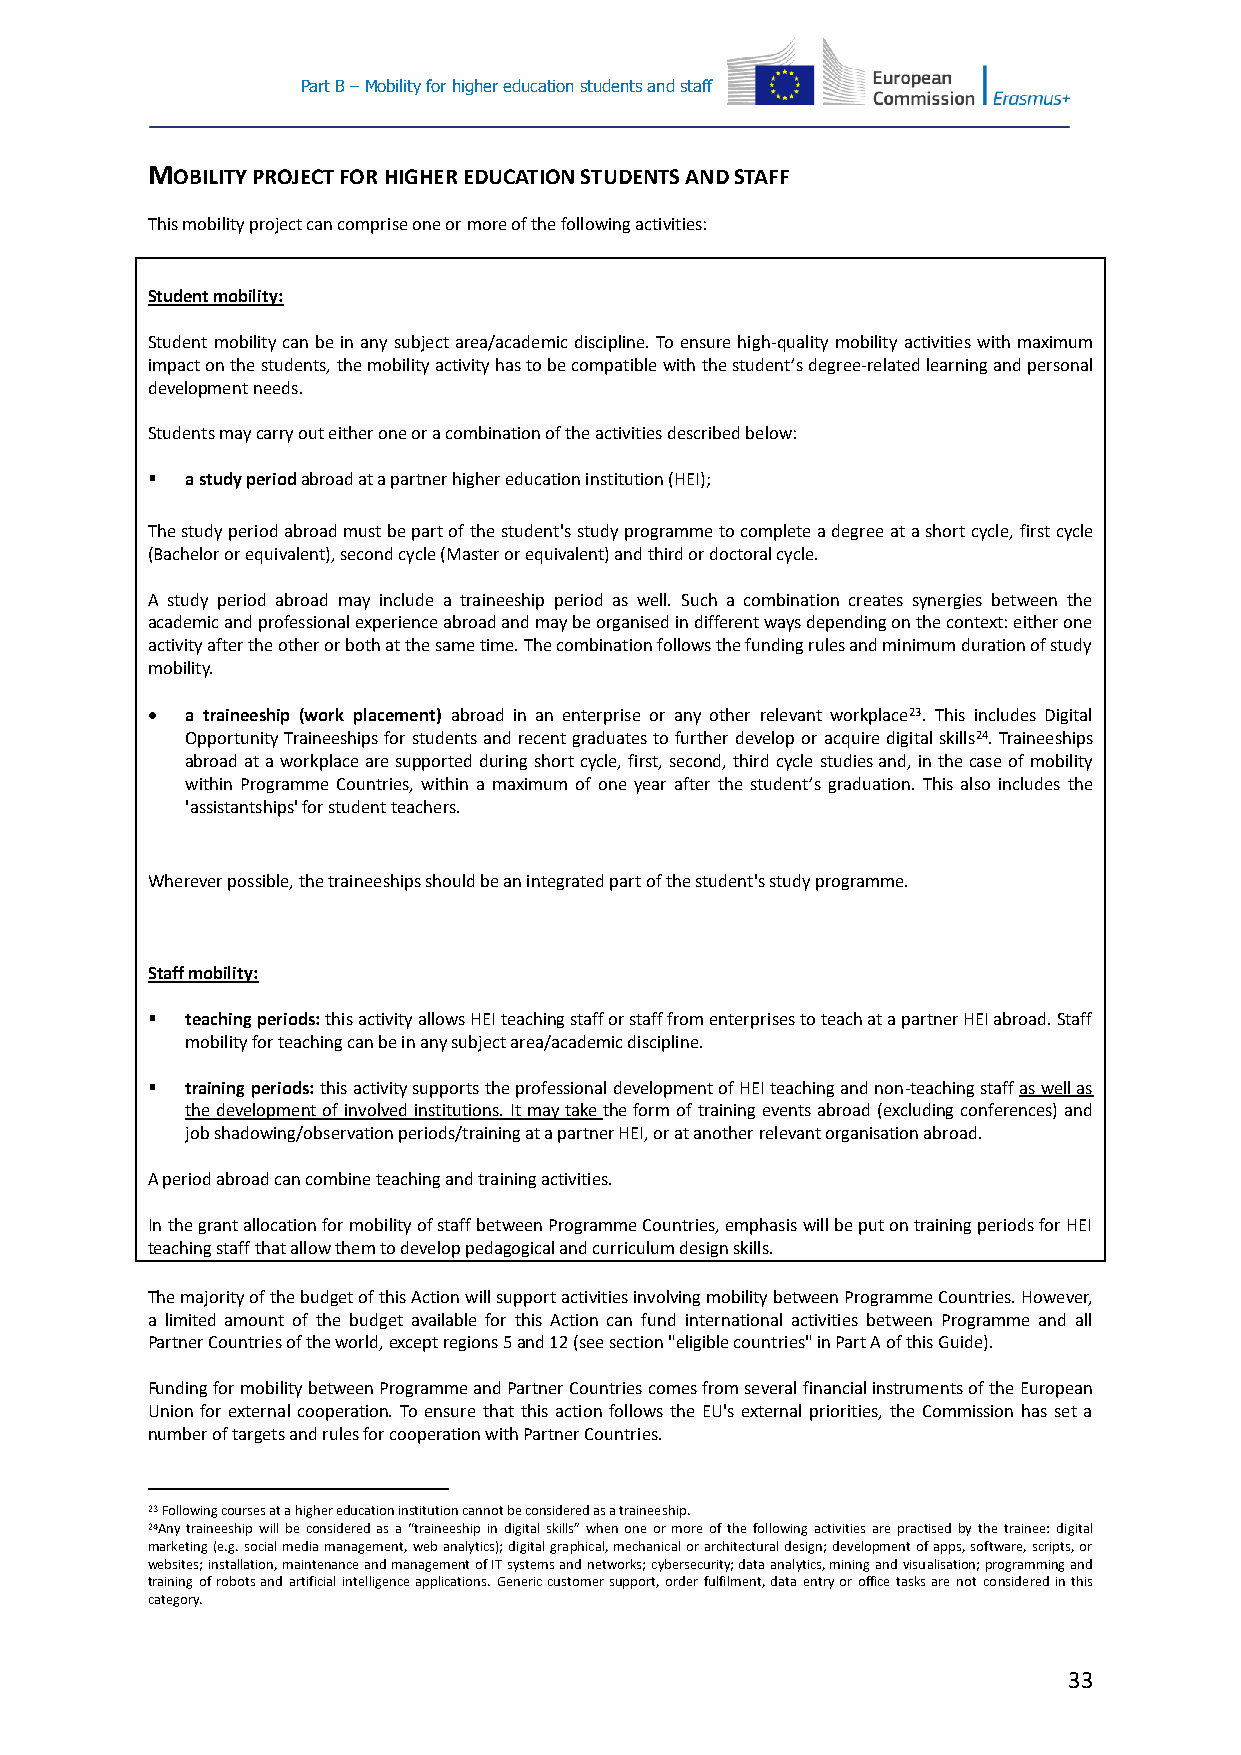
Part B – Mobility for higher education students and staff
 MOBILITY PROJECT FOR HIGHER EDUCATION STUDENTS AND STAFF
 This mobility project can comprise one or more of the following activities:
 Student mobility:
 Student mobility can be in any subject area/academic discipline. To ensure high-quality mobility activities with maximum
 impact on the students, the mobility activity has to be compatible with the student’s degree-related learning and personal
 development needs.
 Students may carry out either one or a combination of the activities described below:
  a study period abroad at a partner higher education institution (HEI);
 The study period abroad must be part of the student's study programme to complete a degree at a short cycle, first cycle
 (Bachelor or equivalent), second cycle (Master or equivalent) and third or doctoral cycle.
 A study period abroad may include a traineeship period as well. Such a combination creates synergies between the
 academic and professional experience abroad and may be organised in different ways depending on the context: either one
 activity after the other or both at the same time. The combination follows the funding rules and minimum duration of study
 mobility.
  a traineeship (work placement) abroad in an enterprise or any other relevant workplace23. This includes Digital
 Opportunity Traineeships for students and recent graduates to further develop or acquire digital skills24. Traineeships
 abroad at a workplace are supported during short cycle, first, second, third cycle studies and, in the case of mobility
 within Programme Countries, within a maximum of one year after the student’s graduation. This also includes the
 'assistantships' for student teachers.
 Wherever possible, the traineeships should be an integrated part of the student's study programme.
 Staff mobility:
  teaching periods: this activity allows HEI teaching staff or staff from enterprises to teach at a partner HEI abroad. Staff
 mobility for teaching can be in any subject area/academic discipline.
  training periods: this activity supports the professional development of HEI teaching and non-teaching staff as well as
 the development of involved institutions. It may take the form of training events abroad (excluding conferences) and
 job shadowing/observation periods/training at a partner HEI, or at another relevant organisation abroad.
 A period abroad can combine teaching and training activities.
 In the grant allocation for mobility of staff between Programme Countries, emphasis will be put on training periods for HEI
 teaching staff that allow them to develop pedagogical and curriculum design skills.
 The majority of the budget of this Action will support activities involving mobility between Programme Countries. However,
 a limited amount of the budget available for this Action can fund international activities between Programme and all
 Partner Countries of the world, except regions 5 and 12 (see section "eligible countries" in Part A of this Guide).
 Funding for mobility between Programme and Partner Countries comes from several financial instruments of the European
 Union for external cooperation. To ensure that this action follows the EU's external priorities, the Commission has set a
 number of targets and rules for cooperation with Partner Countries.
 23 Following courses at a higher education institution cannot be considered as a traineeship.
 24Any traineeship will be considered as a “traineeship in digital skills” when one or more of the following activities are practised by the trainee: digital
 marketing (e.g. social media management, web analytics); digital graphical, mechanical or architectural design; development of apps, software, scripts, or
 websites; installation, maintenance and management of IT systems and networks; cybersecurity; data analytics, mining and visualisation; programming and
 training of robots and artificial intelligence applications. Generic customer support, order fulfilment, data entry or office tasks are not considered in this
 category.
 33